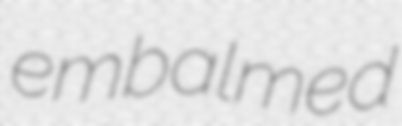
embalmed